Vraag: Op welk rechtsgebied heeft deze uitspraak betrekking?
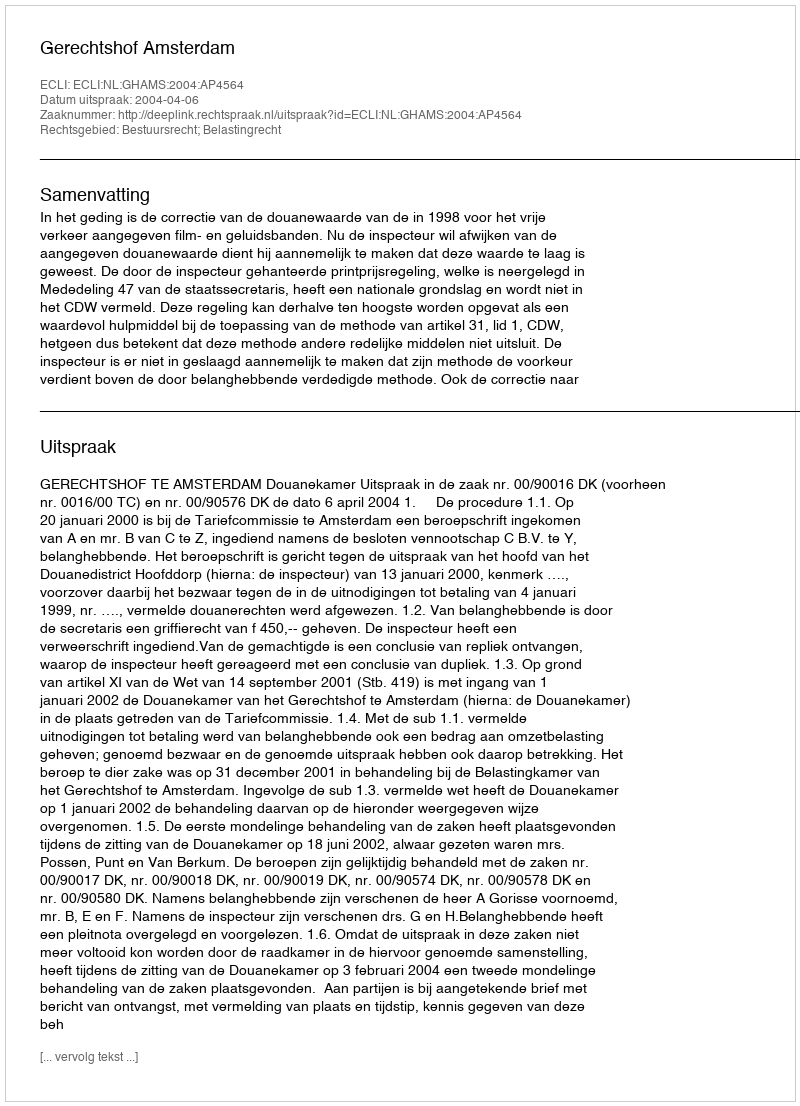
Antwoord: Bestuursrecht; Belastingrecht